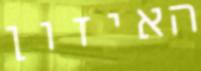
האיזון